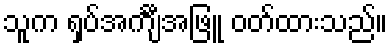
သူက ရှပ်အင်္ကျီအဖြူ ဝတ်ထားသည်။